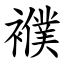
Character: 襥